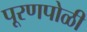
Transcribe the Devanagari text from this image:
पूरणपोळी